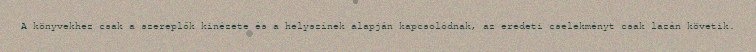
A könyvekhez csak a szereplők kinézete és a helyszínek alapján kapcsolódnak, az eredeti cselekményt csak lazán követik.